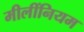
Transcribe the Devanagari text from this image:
मीलींनियम